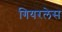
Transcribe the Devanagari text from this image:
गियरलेस